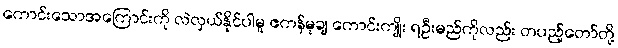
ကောင်းသောအကြောင်းကို လဲလှယ်နိုင်ပါမူ ဧကန်မုချ ကောင်းကျိုး ရဦးမည်ကိုလည်း တပည့်တော်တို့